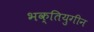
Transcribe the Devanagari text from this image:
भक्तियुगीन